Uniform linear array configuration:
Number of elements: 12
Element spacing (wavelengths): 0.25
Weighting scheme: kaiser
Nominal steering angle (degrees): -45
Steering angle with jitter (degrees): -44.207
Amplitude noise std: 0.05
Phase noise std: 0.05

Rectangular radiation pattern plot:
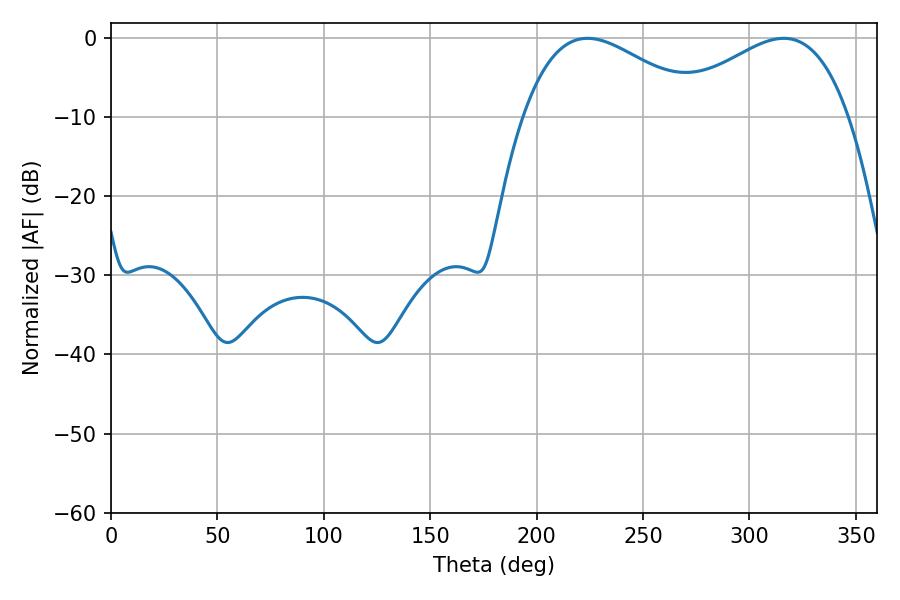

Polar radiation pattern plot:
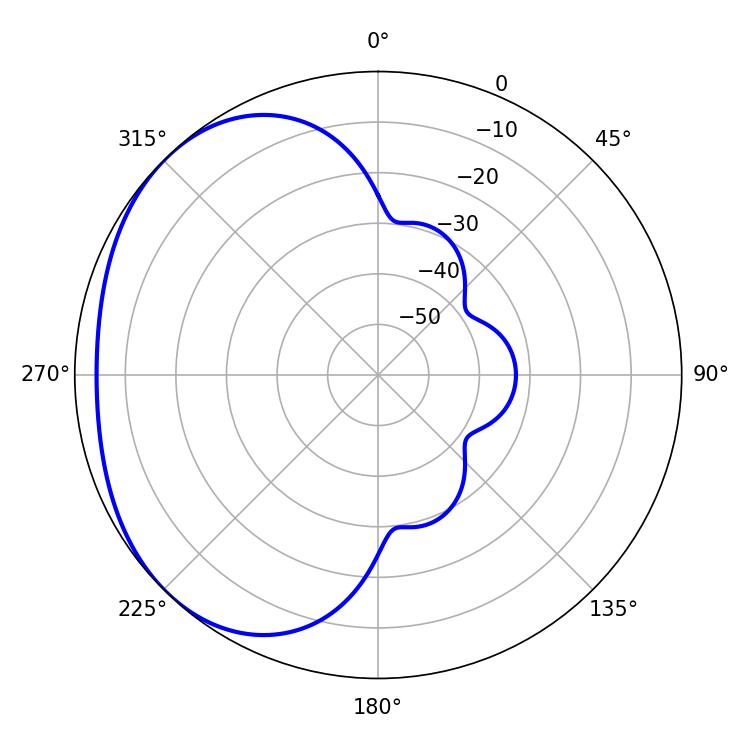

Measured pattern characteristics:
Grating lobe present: FALSE
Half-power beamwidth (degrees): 45.9
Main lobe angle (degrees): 223.92